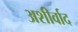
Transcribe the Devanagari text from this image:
अशीर्वाद